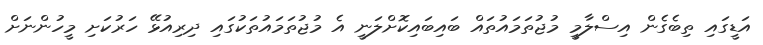
އަޑީގައި ތިބެގެން އިސްލާމީ މުޖުތަމައުތައް ބައިބައިކޮށްލަނީ އެ މުޖުތަމައުތަކުގައި ދިރިއުޅޭ ހަރުކަށި މީހުންނަށް